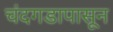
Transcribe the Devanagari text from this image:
चंदगडापासून